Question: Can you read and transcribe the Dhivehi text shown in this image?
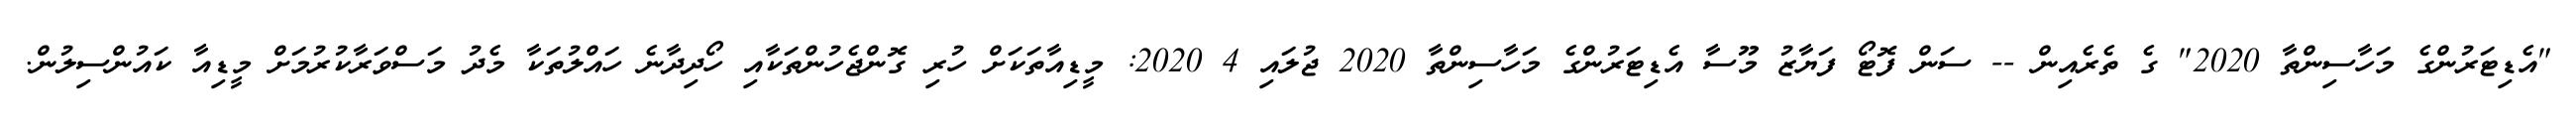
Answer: "އެޑިޓަރުންގެ މަހާސިންތާ 2020" ގެ ތެރެއިން -- ސަން ފޮޓޯ ފަޔާޒު މޫސާ އެޑިޓަރުންގެ މަހާސިންތާ 2020 ޖުލައި 4 2020: މީޑިއާތަކަށް ހުރި ގޮންޖެހުންތަކާއި ހޯދިދާނެ ހައްލުތަކާ މެދު މަސްވަރާކުރުމަށް މީޑިއާ ކައުންސިލުން.